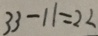
3 3 - 1 1 = 2 2